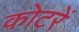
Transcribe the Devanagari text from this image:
कोटरें